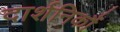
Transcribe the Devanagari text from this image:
दार्शनिकौं